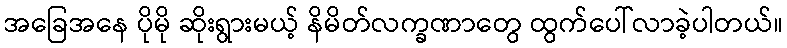
အခြေအနေ ပိုမို ဆိုးရွားမယ့် နိမိတ်လက္ခဏာတွေ ထွက်ပေါ်လာခဲ့ပါတယ်။